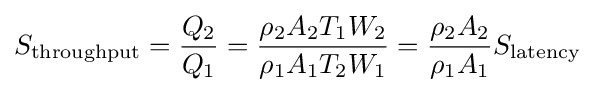
S_{\text{throughput}}={\frac {Q_{2}}{Q_{1}}}={\frac {\rho _{2}A_{2}T_{1}W_{2}}{\rho _{1}A_{1}T_{2}W_{1}}}={\frac {\rho _{2}A_{2}}{\rho _{1}A_{1}}}S_{\text{latency}}